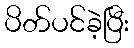
ပိတ်ပင်ခဲ့ပြီး